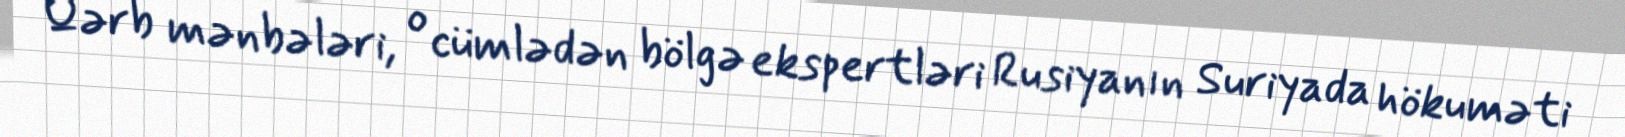
Qərb mənbələri, o cümlədən bölgə ekspertləri Rusiyanın Suriyada hökuməti